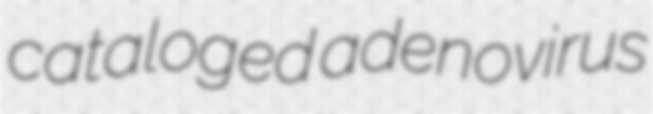
cataloged adenovirus